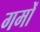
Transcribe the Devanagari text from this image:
गमों